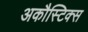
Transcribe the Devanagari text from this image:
अकौस्टिक्स